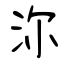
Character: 沵